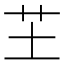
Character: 芏